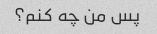
پس من چه کنم؟